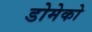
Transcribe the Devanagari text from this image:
डोमेको